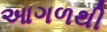
આગળથી